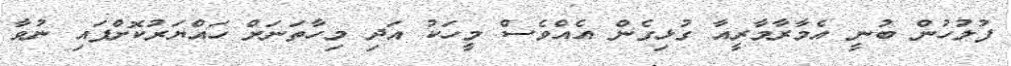
ފުލުހުން ބުނީ އެމާރާމާރީއާ ގުޅިގެން އެއްވެސް މީހަކު އަދި މިހާތަނަށް ހައްޔަރުކޮށްފައި ނުވާ